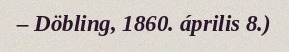
– Döbling, 1860. április 8.)